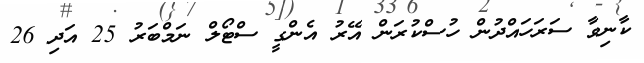
ކާނިވާ ސަރަހައްދުން ހުސްކުރަން އޭރު އެންގީ ސްޓޯލް ނަމްބަރު 25 އަދި 26